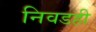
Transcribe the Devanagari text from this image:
निवडही